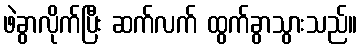
ဖဲခွာလိုက်ပြီး ဆက်လက် ထွက်ခွာသွားသည်။